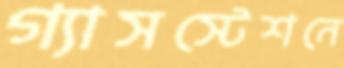
গ্যাসস্টেশনে